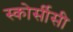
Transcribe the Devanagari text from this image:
स्कोर्सीसी